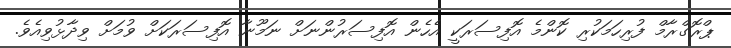
ޕްރޮގްރާމް ފުރިހަމަކުރި ކޮންމެ އޮފިސަރަކީ އެހެން އޮފިސަރުންނަށް ނަމޫނާ އޮފިސަރަކަށް ވުމަށް ވިދާޅުވިއެވެ.